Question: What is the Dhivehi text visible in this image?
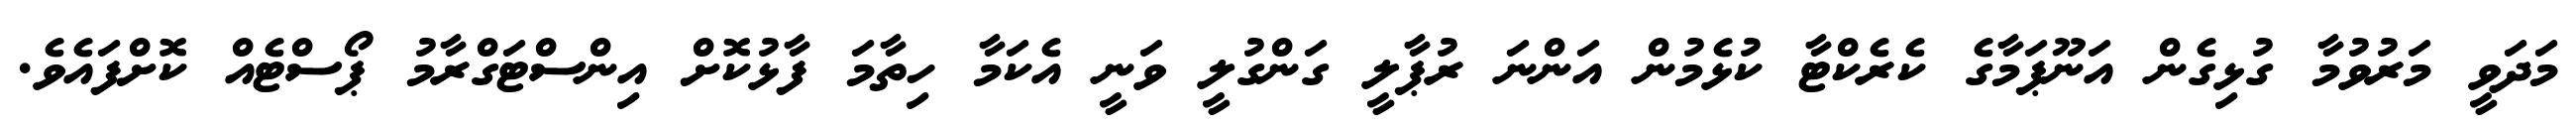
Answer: މަދަވީ މަރުވުމާ ގުޅިގެން އަނޫޕަމާގެ ކެރެކްޓާ ކުޅެމުން އަންނަ ރުޕާލީ ގަންގުލީ ވަނީ އެކަމާ ހިތާމަ ފާޅުކޮށް އިންސްޓަގްރާމު ޕޯސްޓެއް ކޮށްފައެވެ.